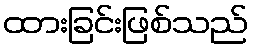
ထားခြင်းဖြစ်သည်